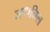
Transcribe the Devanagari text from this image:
जप्पनिल